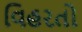
વિહરતો